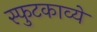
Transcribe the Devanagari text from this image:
स्फुटकाव्ये